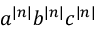
a ^ { | n | } b ^ { | n | } c ^ { | n | }